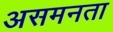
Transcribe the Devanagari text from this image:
असमनता